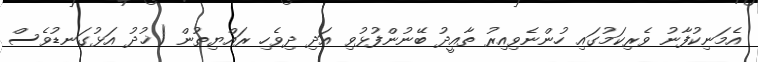
އެމަނިކުފާނު ވެރިކަމުގައި ހުންނެވިއިރު ތާއީދު ބޭނުންފުޅުވި އަދި ދިވެހި ރައްޔިތުން (ޚުދު އަޅުގަނޑުވެސް